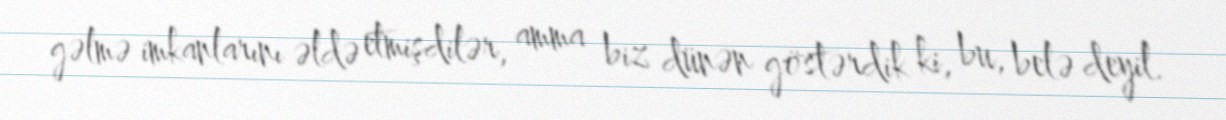
gəlmə imkanlarını əldə etmişdilər, amma biz dünən göstərdik ki, bu, belə deyil.